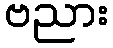
ဗညား